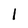
Character: l